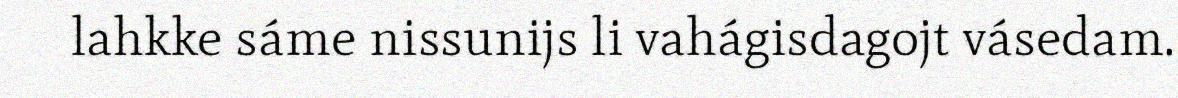
lahkke sáme nissunijs li vahágisdagojt vásedam.